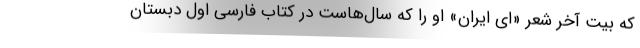
که بیت آخر شعر «ای ایران» او را که سال‌هاست در کتاب فارسی اول دبستان